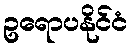
ဥရောပနိုင်ငံ